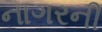
નાગરની